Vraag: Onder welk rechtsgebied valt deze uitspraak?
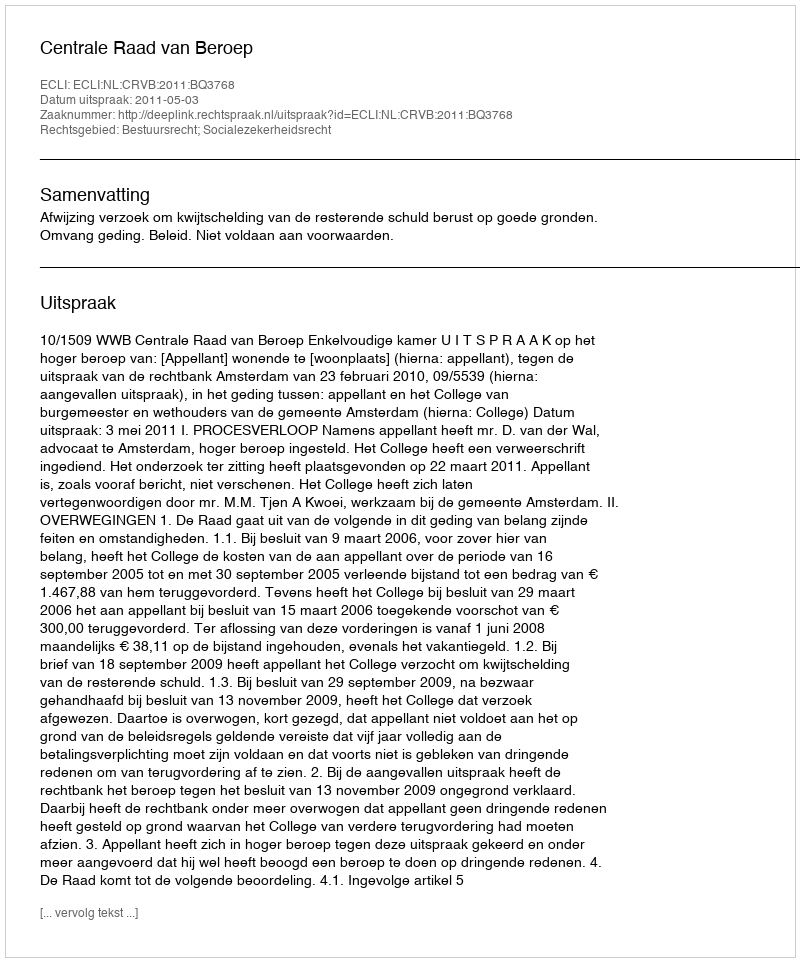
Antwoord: Bestuursrecht; Socialezekerheidsrecht